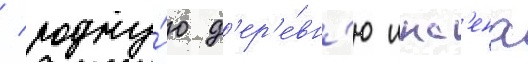
/ родну́ю д'ер'е́вн'ю инс'ена